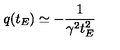
q ( t _ { E } ) \simeq - \frac { 1 } { \gamma ^ { 2 } t _ { E } ^ { 2 } }